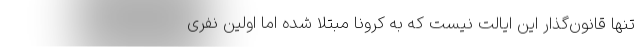
تنها قانون‌گذار این ایالت نیست که به کرونا مبتلا شده اما اولین نفری